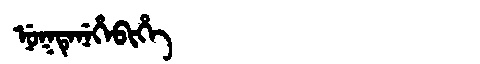
Manchu: ᠨᡠᡴᡨᡝᠨᡝᡥᡝᠪᡳᡥᡝ
Romanization: NUKTENEHEBIHE